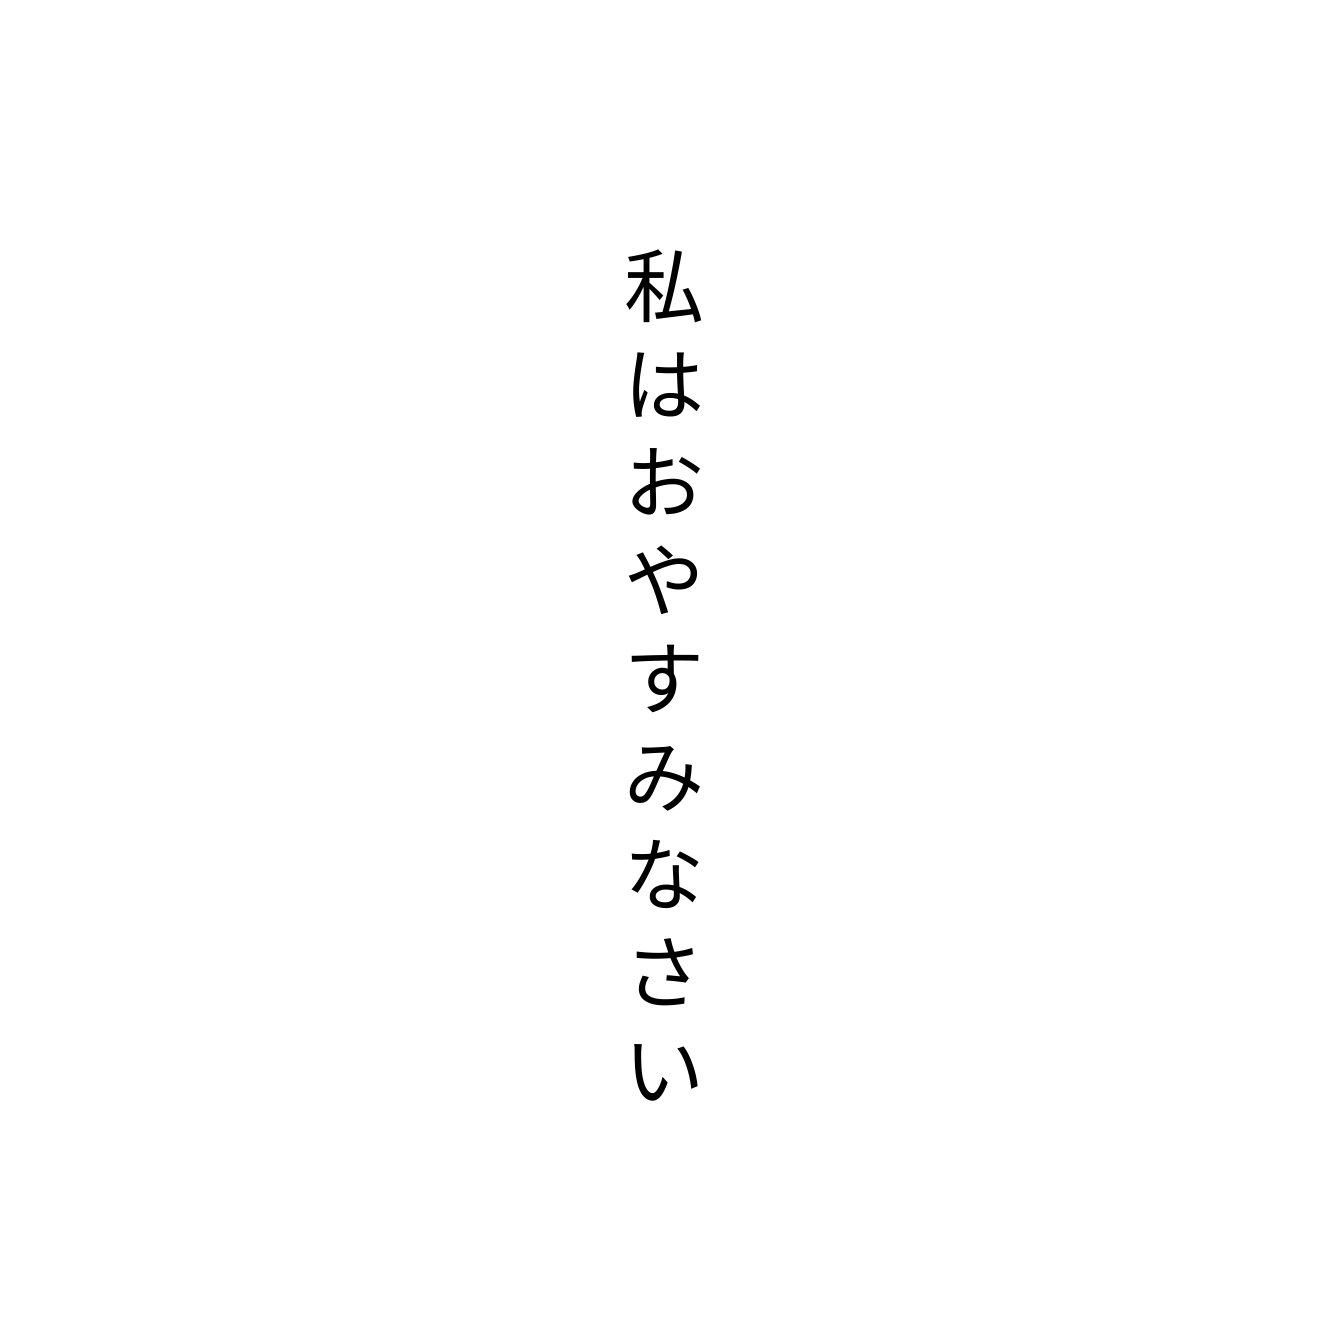
私はおやすみなさい